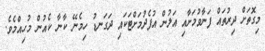
މިގޮތަށް ދިރުތައް ފަނާވުމަށާއި އަލުން އުފެދުމަށްޓަކައި ދަގަނޑު ހިމެނޭ ކާނާ ކެއުން މުހިއްމެވެ.